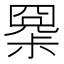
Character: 𡮧